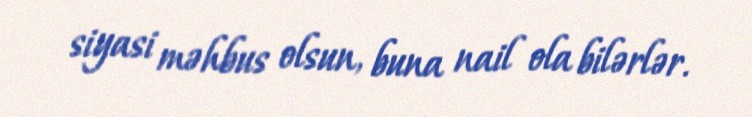
siyasi məhbus olsun, buna nail ola bilərlər.